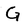
Character: G